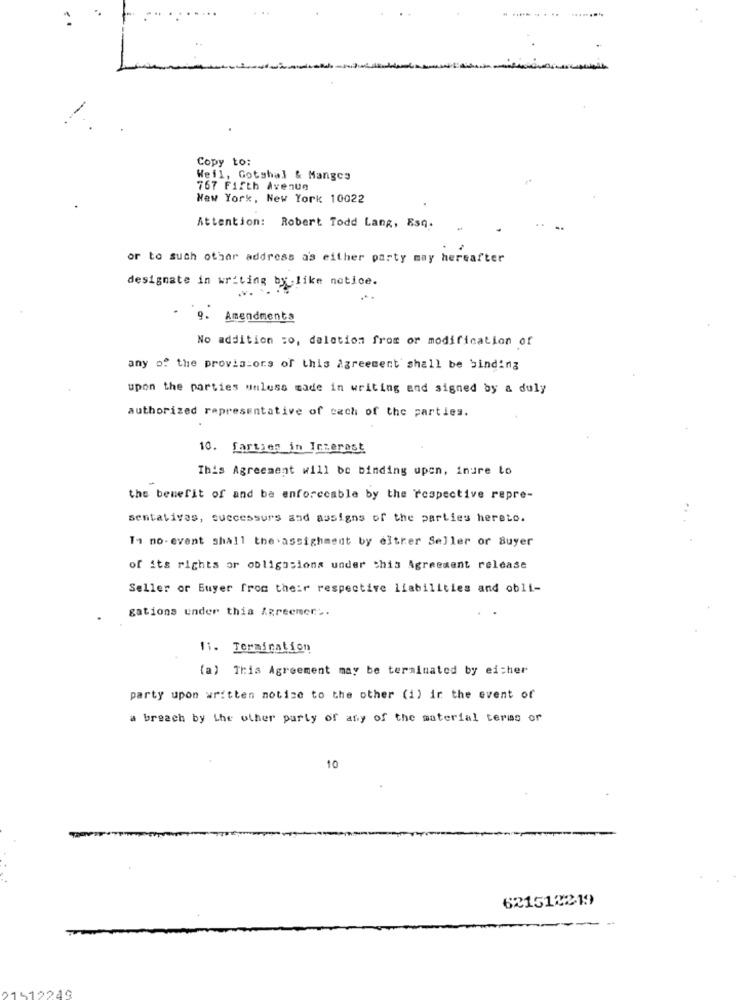
Copy to:
Weil, Gotshal & Manges
767 Fifth Avenue
New York, New York 10022
Attention: Robert Todd Lang, Esq.
or to such other address as either party may hereafter
designate in writing by like notice.
9.
Amendmenta
No addition :o, deletion from or modification of
any of the provisions of this Agreement shall be binding
upon the parties unless made in writing and signed by a duly
authorized representative of cach of the parties.
10. farties in Iczerast
This Agreement will be binding upon, inure to
the benefit of and ba enforceable by the respective repre-
sentativas, successurs and assigns of the parties hereto.
Ti no-event shall the assignment by eltrer Seller or Buyer
of its rights or obligosions under this Agreement release
Seller or Buyer from their respective liabilities and obli-
gations under this Agreemer ..
11. Termination
(a) This Agreement may be terminated by either
party upon written notice to the other (i) ir the event of
a breach by the other party of any of the material terms or
10
6215122-19